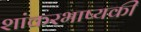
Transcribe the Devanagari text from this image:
शांकरभाष्यकी